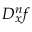
D _ { x } ^ { n } f